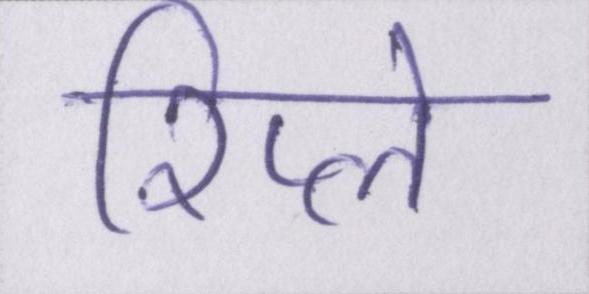
रिप्ले